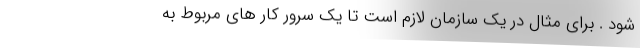
شود . برای مثال در یک سازمان لازم است تا یک سرور کار های مربوط به